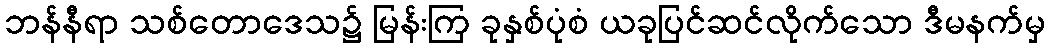
ဘန်နီရာ သစ်တောဒေသ၌ မြန်းကြ ခုနှစ်ပုံစံ ယခုပြင်ဆင်လိုက်သော ဒီမနက်မှ